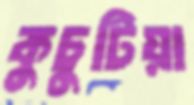
কুচুটিয়া